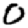
Digit: 0